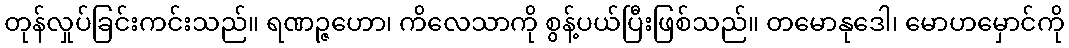
တုန်လှုပ်ခြင်းကင်းသည်။ ရဏဉ္ဇဟော၊ ကိလေသာကို စွန့်ပယ်ပြီးဖြစ်သည်။ တမောနုဒေါ၊ မောဟမှောင်ကို